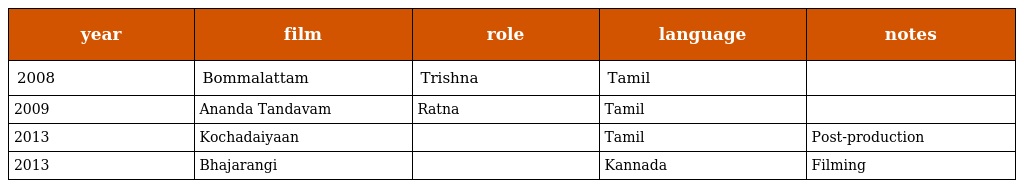
| year | film | role | language | notes |
 | --- | --- | --- | --- | --- |
 | 2008 | Bommalattam | Trishna | Tamil |  |
 | 2009 | Ananda Tandavam | Ratna | Tamil |  |
 | 2013 | Kochadaiyaan |  | Tamil | Post-production |
 | 2013 | Bhajarangi |  | Kannada | Filming |